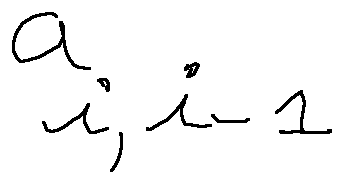
a _ { i , i - 1 }